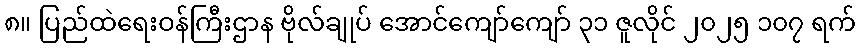
၈။ ပြည်ထဲရေးဝန်ကြီးဌာန ဗိုလ်ချုပ် အောင်ကျော်ကျော် ၃၁ ဇူလိုင် ၂၀၂၅ ၁၀၇ ရက်